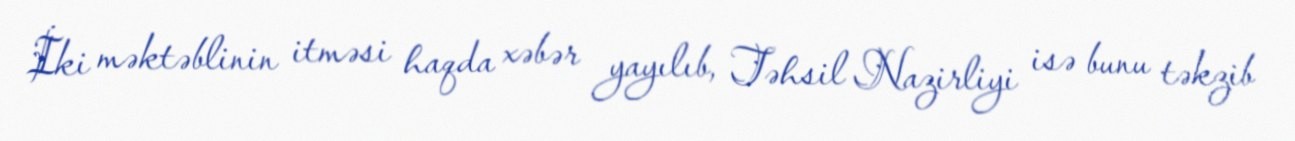
İki məktəblinin itməsi haqda xəbər yayılıb, Təhsil Nazirliyi isə bunu təkzib